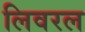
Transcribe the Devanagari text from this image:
लिवरल